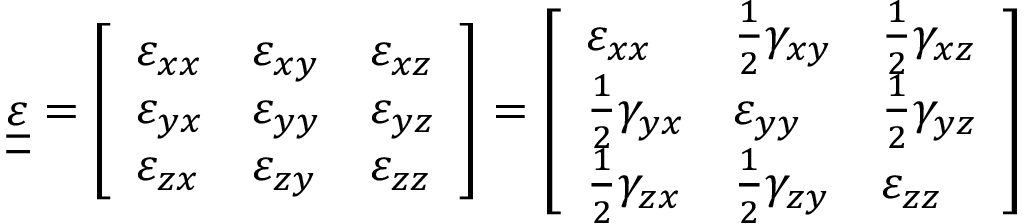
{ \underline { { \underline { { \boldsymbol { \varepsilon } } } } } } = { \left[ \begin{array} { l l l } { \varepsilon _ { x x } } & { \varepsilon _ { x y } } & { \varepsilon _ { x z } } \\ { \varepsilon _ { y x } } & { \varepsilon _ { y y } } & { \varepsilon _ { y z } } \\ { \varepsilon _ { z x } } & { \varepsilon _ { z y } } & { \varepsilon _ { z z } } \end{array} \right] } = { \left[ \begin{array} { l l l } { \varepsilon _ { x x } } & { { \frac { 1 } { 2 } } \gamma _ { x y } } & { { \frac { 1 } { 2 } } \gamma _ { x z } } \\ { { \frac { 1 } { 2 } } \gamma _ { y x } } & { \varepsilon _ { y y } } & { { \frac { 1 } { 2 } } \gamma _ { y z } } \\ { { \frac { 1 } { 2 } } \gamma _ { z x } } & { { \frac { 1 } { 2 } } \gamma _ { z y } } & { \varepsilon _ { z z } } \end{array} \right] }